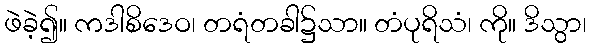
ဖဲခဲ့၍။ ကဒါစိဒေဝ၊ တရံတခါ၌သာ။ တံပုရိသံ၊ ကို။ ဒိသွာ၊